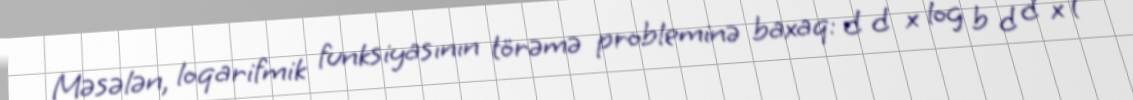
Məsələn, loqarifmik funksiyasının törəmə probleminə baxaq: d d x log b d d x (